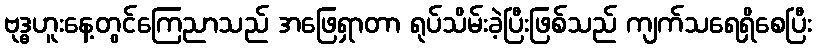
ဗုဒ္ဓဟူးနေ့တွင်ကြေညာသည် အဖြေရှာတာ ရုပ်သိမ်းခဲ့ပြီးဖြစ်သည် ကျက်သရေရှိစေပြီး